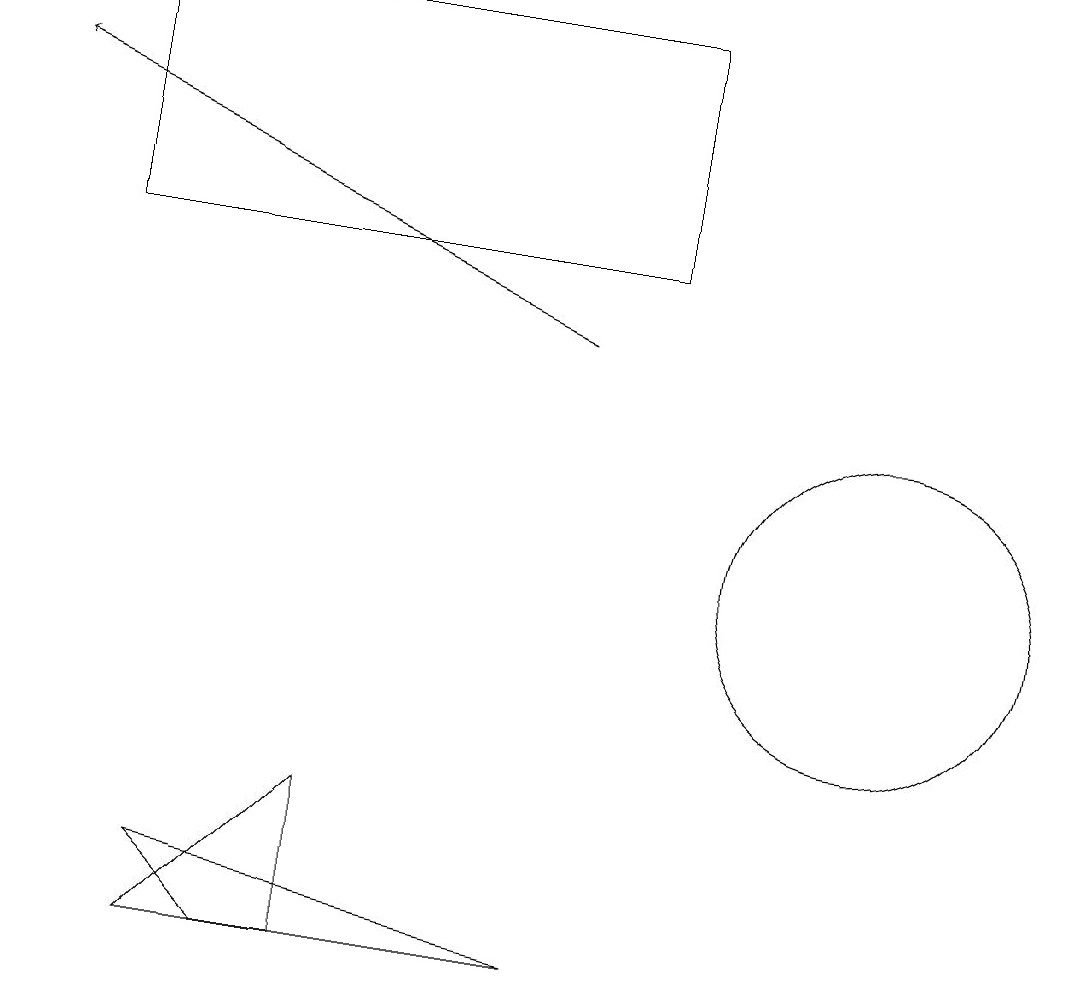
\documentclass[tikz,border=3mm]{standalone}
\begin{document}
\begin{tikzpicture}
\draw (4,6) -- (4,8) -- (2,6) -- cycle;
\draw[->] (7,14) -- (0,17);
\draw (11,11) circle (2);
\draw (2,7) -- (3,6) -- (7,6) -- cycle;
\draw (1,18) rectangle (8,15);
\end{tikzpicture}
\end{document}